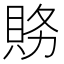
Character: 𮙽